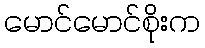
မောင်မောင်စိုးက